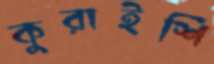
কুরাইশি